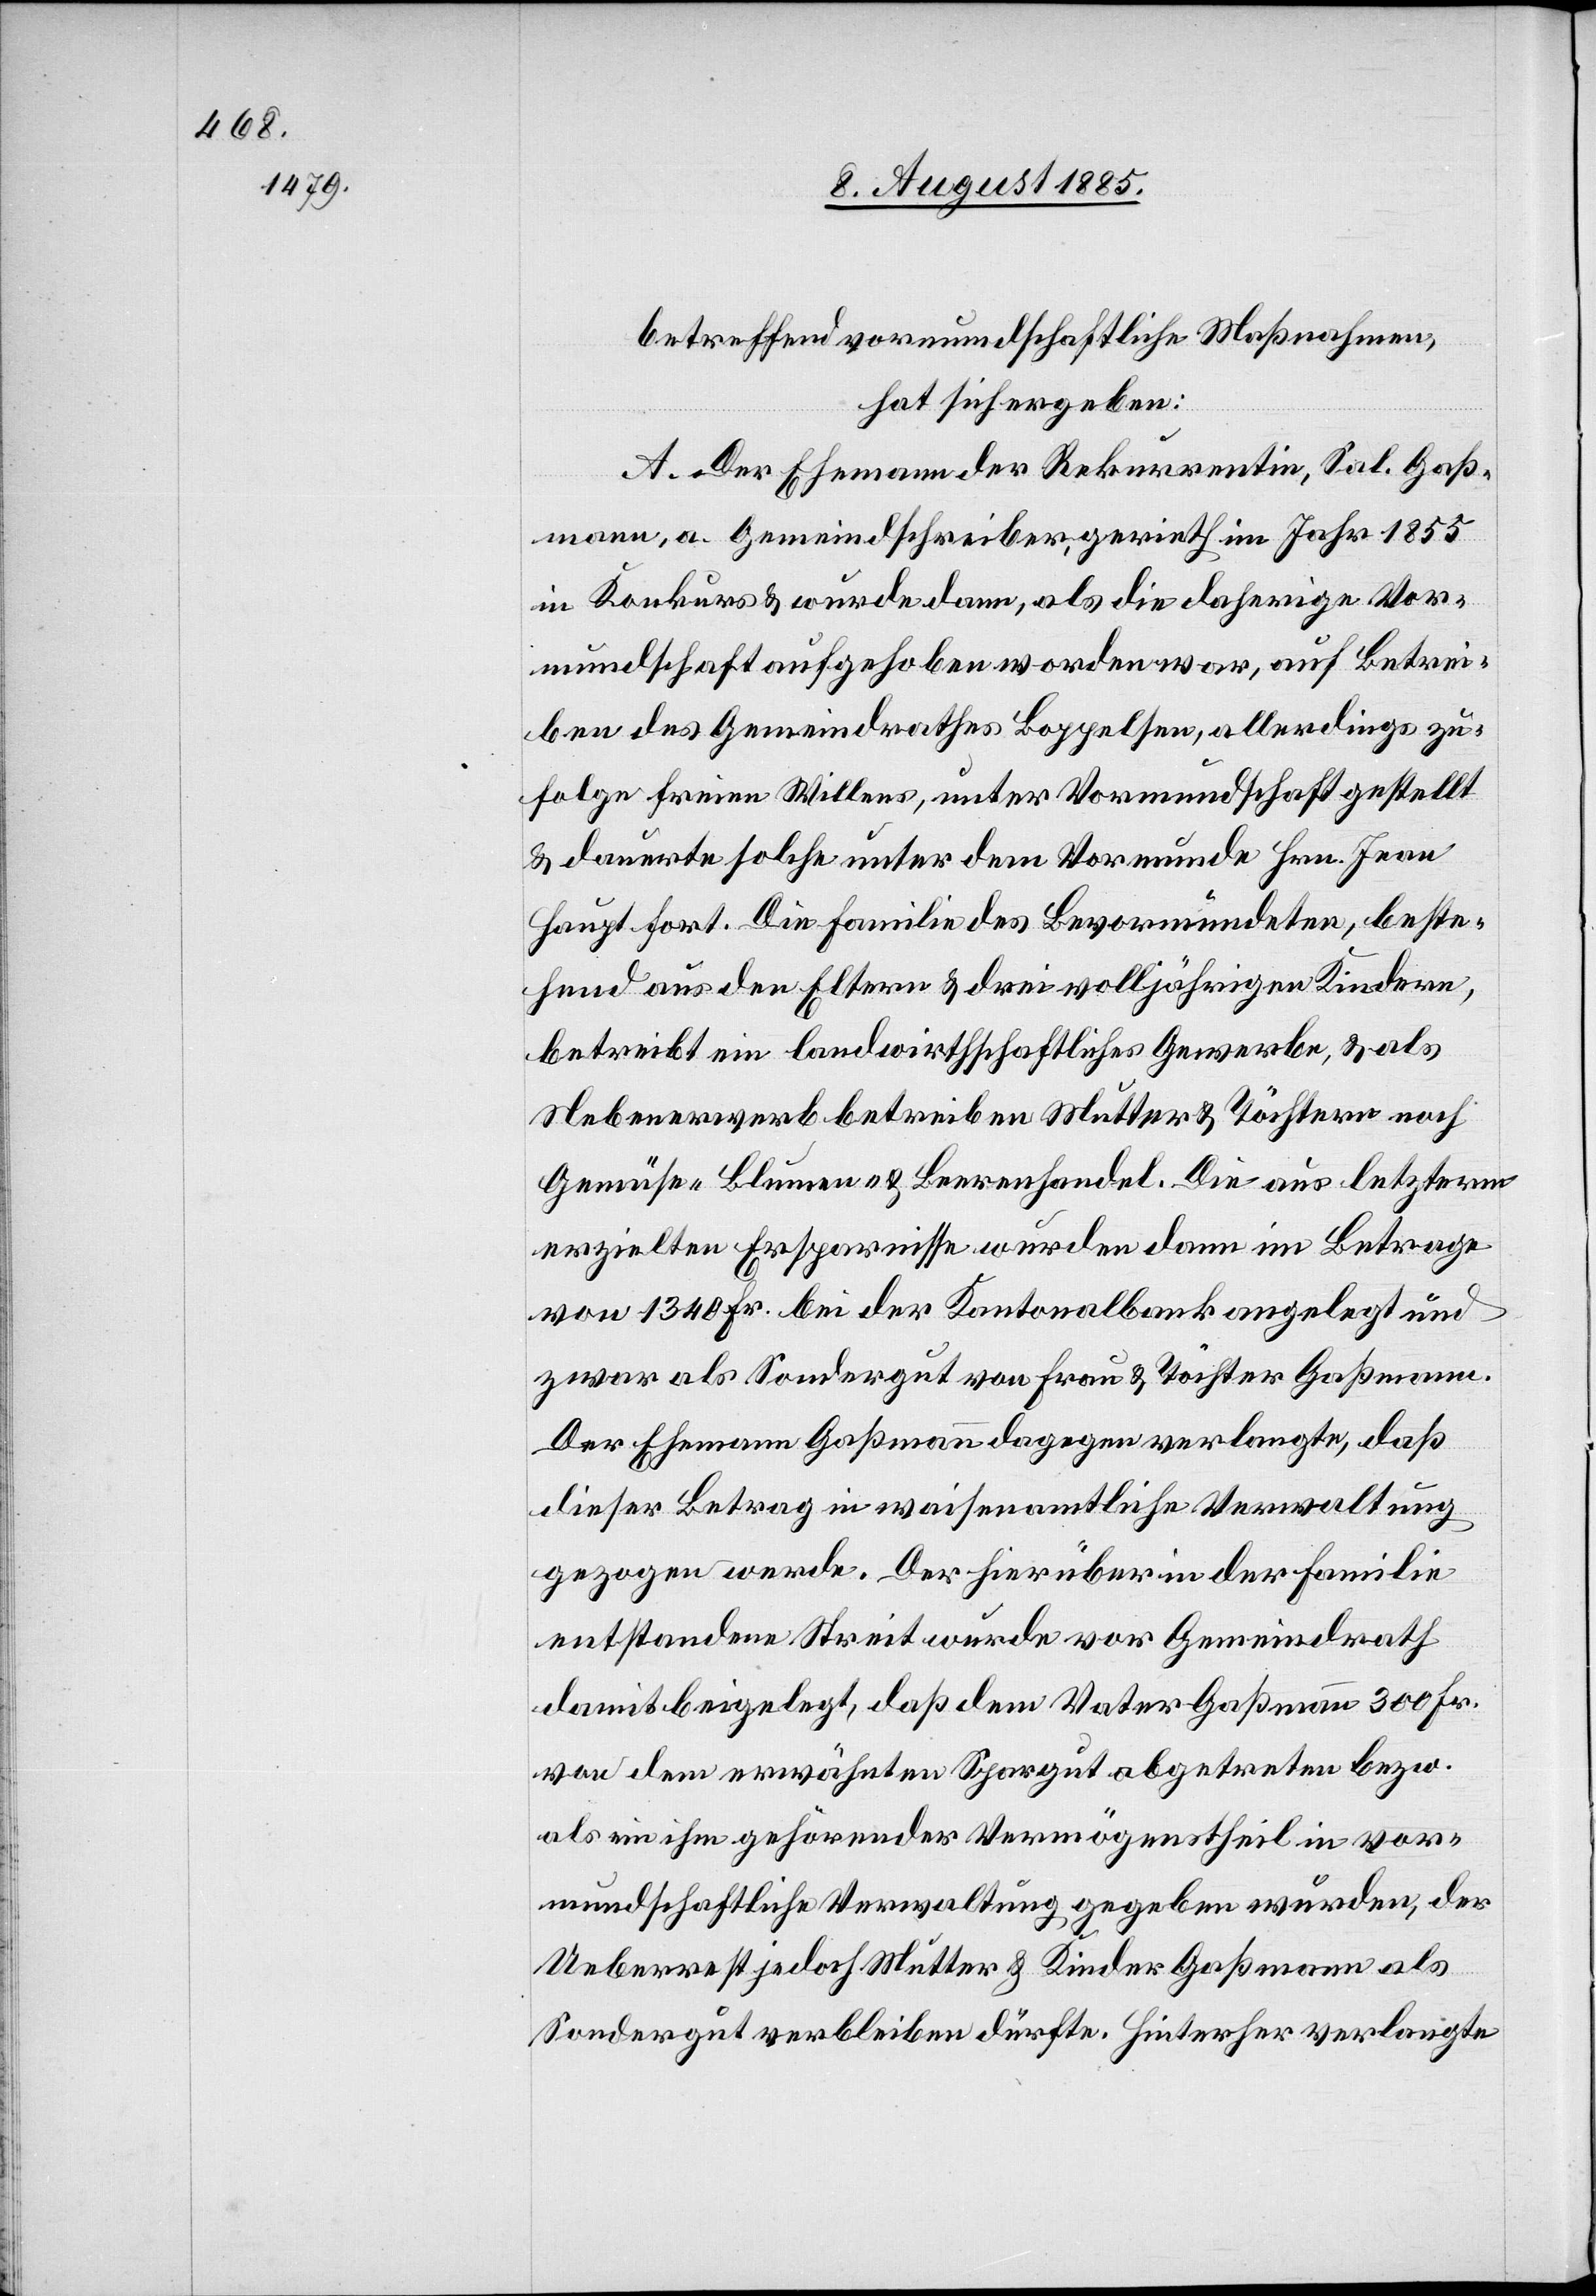
betreffend vormundschaftliche Maßnahmen,
hat sich ergeben:
A. Der Ehemann der Rekurrentin, Sal. Gaß¬
mann, a. Gemeindschreiber, gerieth im Jahr 1855
in Konkurs & wurde dann, als die daherige Vor¬
mundschaft aufgehoben worden war, auf Betrei¬
ben des Gemeindrathes Boppelsen, allerdings zu¬
folge freien Willens, unter Vormundschaft gestellt
& dauerte solche unter dem Vormunde Hrn. Jean
Haupt fort. Die Familie des Bevormundeten, beste¬
hend aus den Eltern & drei volljährigen Kindern,
betreibt ein landwirtschaftliches Gewerbe, & als
Nebenerwerb betreiben Mutter & Töchtern [sic!]
Gemüse-[,] Blumen- & Beerenhandel. Die aus letzterm
erzielten Ersparnisse wurden dann im Betrage
von 1340 Fr. bei der Kantonalbank angelegt und
zwar als Sondergut von Frau & Töchter Gaßmann.
Der Ehemann Gaßmann dagegen verlangte, daß
dieser Betrag in waisenamtliche Verwaltung
gezogen werde. Der hierüber in der Familie
entstandene Streit wurde vor Gemeindrath
damit beigelegt, daß dem Vater Gaßmann 300 Fr.
von dem erwähnten Spargut abgetreten bezw.
als ein ihm gehörender Vermögenstheil in vor¬
mundschaftliche Verwaltung gegeben wurden, der
Ueberrest jedoch Mutter & Kinder Gaßmann als
Sondergut verbleiben dürfte. Hinterher verlangte